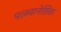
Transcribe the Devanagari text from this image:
पलवानेसिस